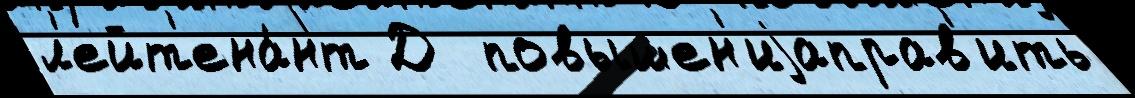
л'ейт'ена́нт Д  повышен'иjаправ'ить